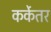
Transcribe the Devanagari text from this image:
कर्केतर